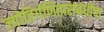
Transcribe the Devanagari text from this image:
ज्योतिर्गणितासंबंधीचा